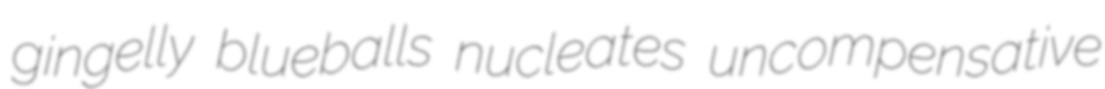
gingelly blueballs nucleates uncompensative